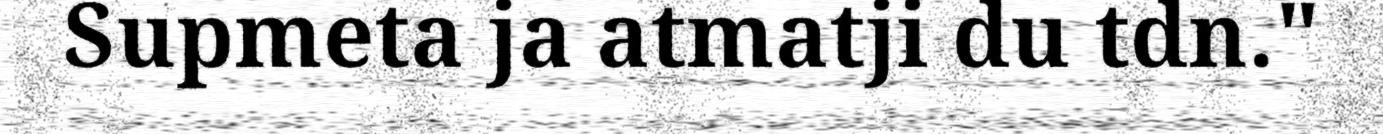
Supmeta ja atmatji du tdn."